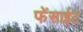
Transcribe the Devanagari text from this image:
फेंसाईट